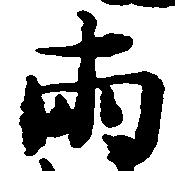
両